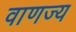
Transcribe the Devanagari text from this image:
वाणज्य